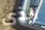
الذي